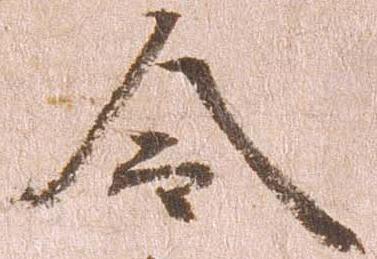
令